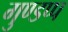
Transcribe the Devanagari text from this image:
गुण्डप्प